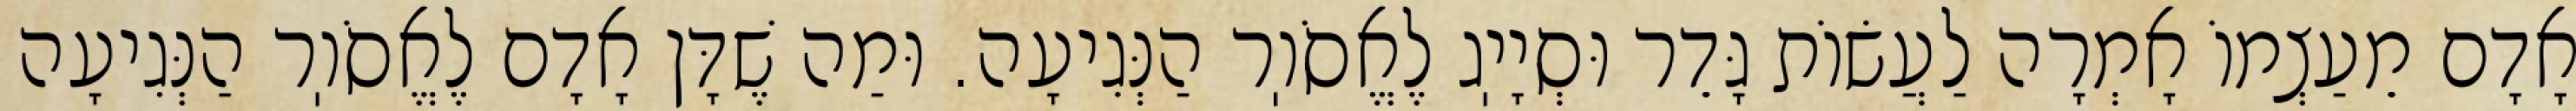
אָדָם מֵעַצְמוֹ אָמְרָה לַעֲשׂוֹת גָּדֵר וּסְיָיֽג לֶאֱסֹוֽר הַנְּגִיעָה. וּמַה שֶׁדָּן אָדָם לֶאֱסֹוֽר הַנְּגִיעָה